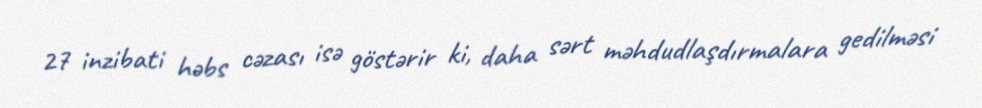
27 inzibati həbs cəzası isə göstərir ki, daha sərt məhdudlaşdırmalara gedilməsi